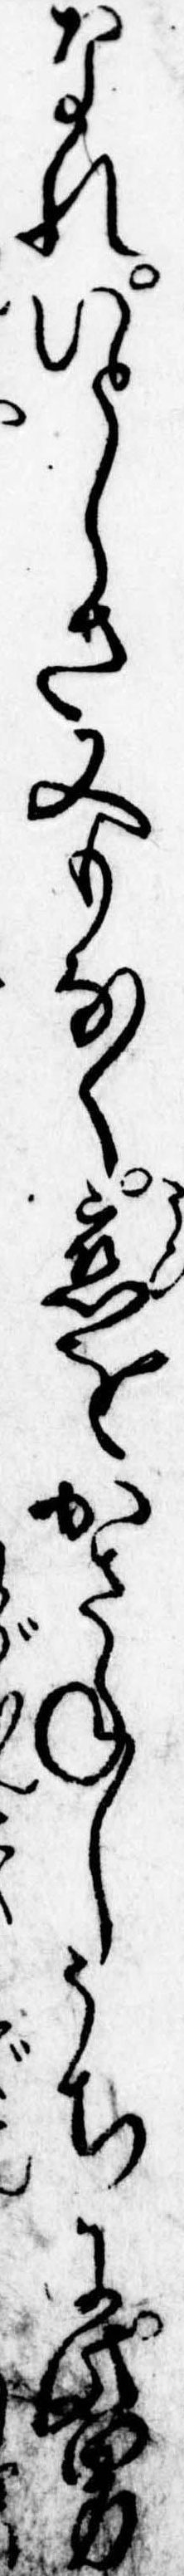
なれいとしさ又もなく恋をかさねしうちに此男